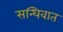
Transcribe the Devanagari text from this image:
सन्धिवात